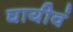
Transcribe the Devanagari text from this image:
घायीवं